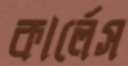
কার্লেস